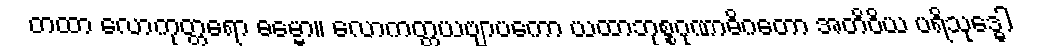
တထာ လောကုတ္တရော ဓမ္မော။ လောကတ္တယဗျာပကော ယထာဘုစ္စဂုဏာဓိဂတော အတိဝိယ ပရိသုဒ္ဓေါ